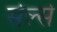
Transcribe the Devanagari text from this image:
सेल्से